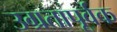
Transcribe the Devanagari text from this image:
उग्रतापूर्वक